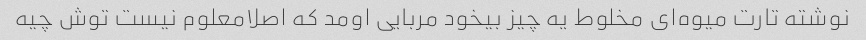
نوشته تارت میوه‌ای مخلوط یه چیز بیخود مربایی اومد که اصلامعلوم نیست توش چیه